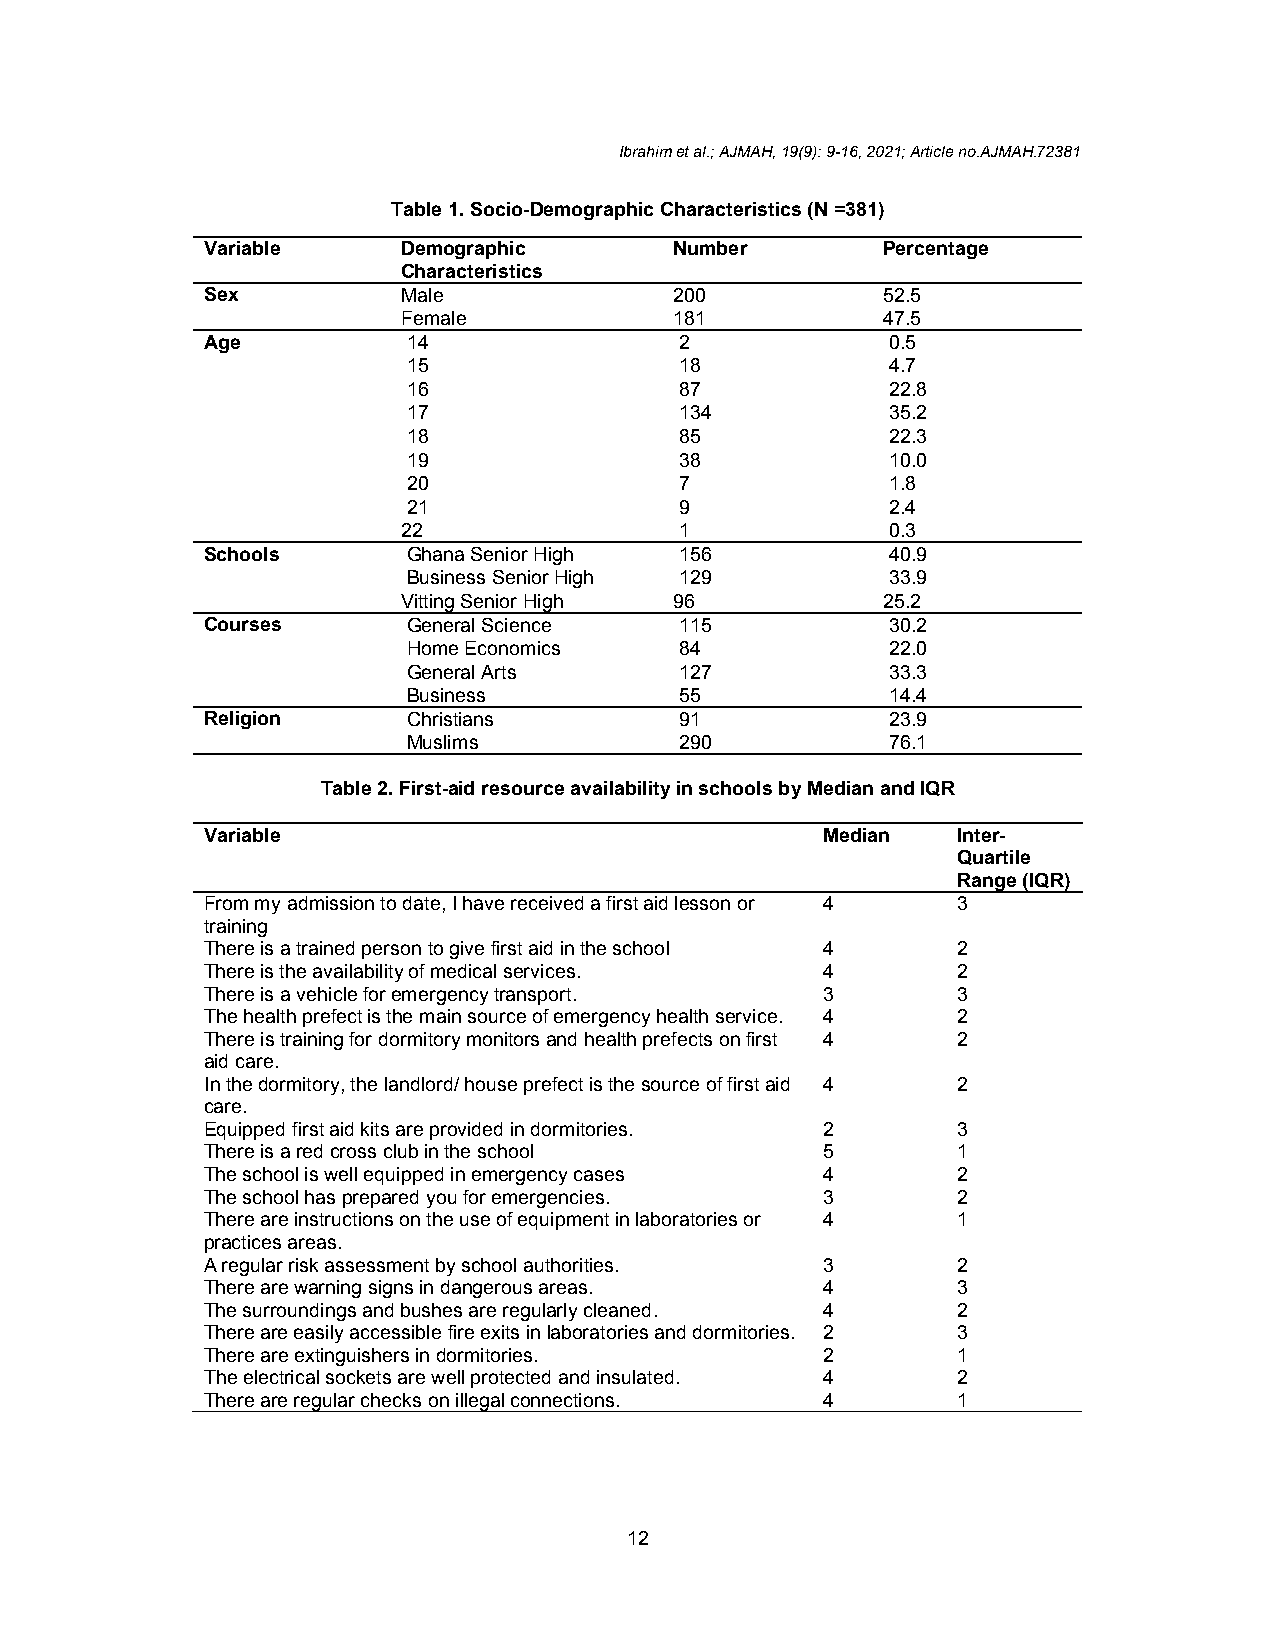
Ibrahim et al.; AJMAH, 19(9): 9-16, 2021; Article no.AJMAH.72381
 Table 1. Socio-Demographic Characteristics (N =381)
 Variable     Demographic       Number       Percentage
 Characteristics
 Sex          Male              200          52.5
 Female            181          47.5
 Age          14                2             0.5
 15                18            4.7
 16                87            22.8
 17                134           35.2
 18                85            22.3
 19                38            10.0
 20                7             1.8
 21                9             2.4
 22                1             0.3
 Schools      Ghana Senior High 156           40.9
 Business Senior High 129        33.9
 Vitting Senior High 96         25.2
 Courses      General Science   115           30.2
 Home Economics    84            22.0
 General Arts      127           33.3
 Business          55            14.4
 Religion     Christians        91            23.9
 Muslims           290           76.1
 Table 2. First-aid resource availability in schools by Median and IQR
 Variable                                Median   Inter-
 Quartile
 Range (IQR)
 From my admission to date, I have received a first aid lesson or 4 3
 training
 There is a trained person to give first aid in the school 4 2
 There is the availability of medical services. 4 2
 There is a vehicle for emergency transport. 3    3
 The health prefect is the main source of emergency health service. 4 2
 There is training for dormitory monitors and health prefects on first 4 2
 aid care.
 In the dormitory, the landlord/ house prefect is the source of first aid 4 2
 care.
 Equipped first aid kits are provided in dormitories. 2 3
 There is a red cross club in the school 5        1
 The school is well equipped in emergency cases 4 2
 The school has prepared you for emergencies. 3   2
 There are instructions on the use of equipment in laboratories or 4 1
 practices areas.
 A regular risk assessment by school authorities. 3 2
 There are warning signs in dangerous areas. 4    3
 The surroundings and bushes are regularly cleaned. 4 2
 There are easily accessible fire exits in laboratories and dormitories. 2 3
 There are extinguishers in dormitories. 2        1
 The electrical sockets are well protected and insulated. 4 2
 There are regular checks on illegal connections. 4 1
 12